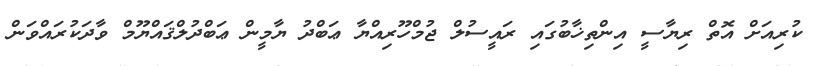
ކުރިއަށް އޮތް ރިޔާސީ އިންތިޚާބުގައި ރައީސުލް ޖުމްހޫރިއްޔާ ޢަބްދު ޔާމީން ޢަބްދުލްޤައްޔޫމް ވާދަކުރައްވަން